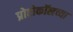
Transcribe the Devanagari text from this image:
प्रोटोकॉलच्या